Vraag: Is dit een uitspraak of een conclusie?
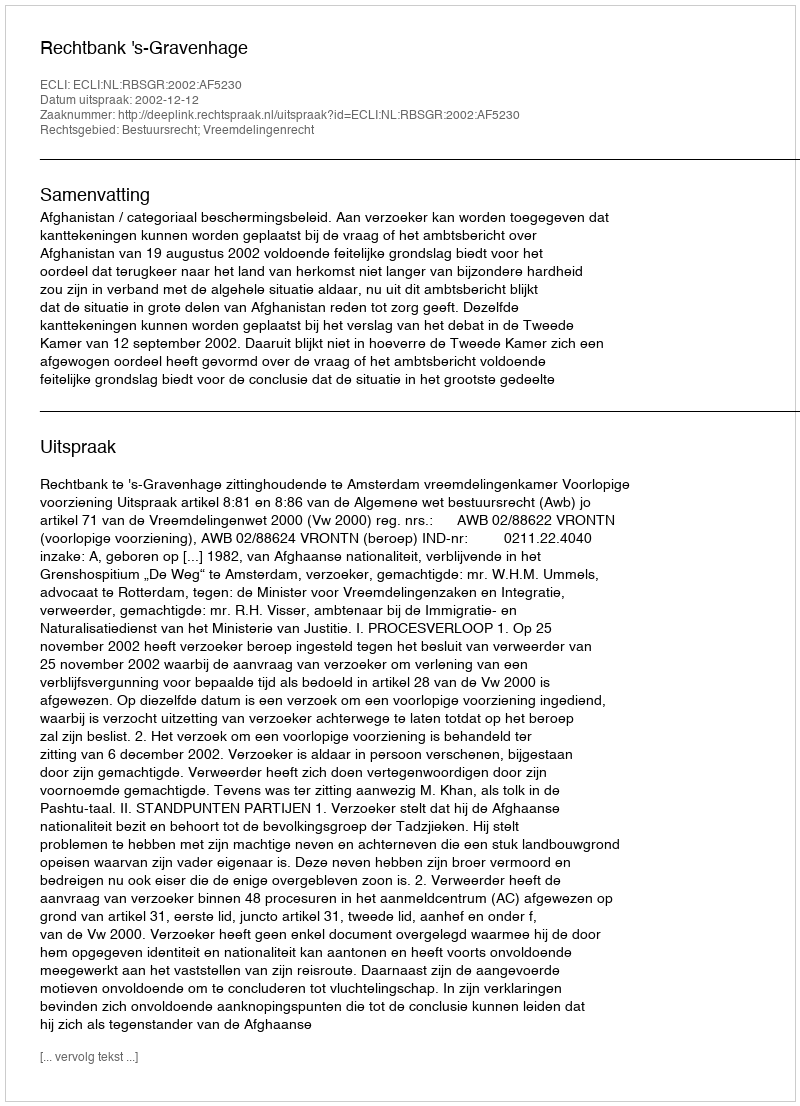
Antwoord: Uitspraak